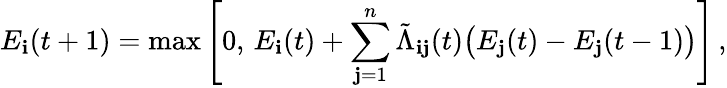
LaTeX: E_{\mathbf{i}}(t+1)=\operatorname*{max}\Bigg[0,\, E_{\mathbf{i}}(t)+\sum_{\mathbf{j}=1}^{n}\tilde{{\Lambda}}_{\mathbf{i}\mathbf{j}}(t)\big(E_{\mathbf{j}}(t)-E_{\mathbf{j}}(t-1)\big)\Bigg]\, ,